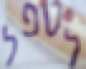
לטפל